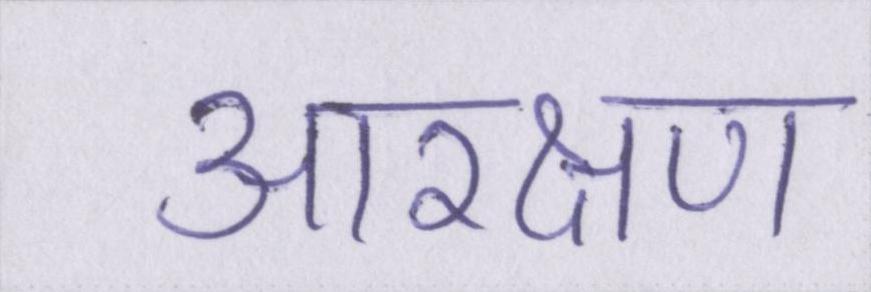
आरक्षण